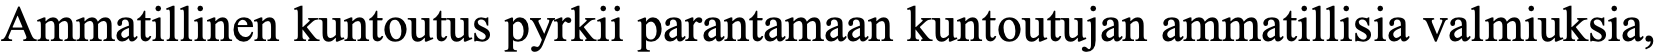
Ammatillinen kuntoutus pyrkii parantamaan kuntoutujan ammatillisia valmiuksia,